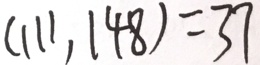
( 1 1 1 , 1 4 8 ) = 3 7